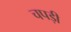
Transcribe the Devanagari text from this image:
चपड़ी